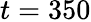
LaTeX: t=350